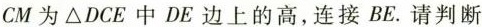
CM为△DCE中DE边上的高，连接BE.请判断